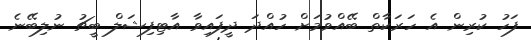
ފަހު ކުރިން އެ ހަރަކާތް ބޭއްވުމަށް ހުއްދަ ދީފައިވާ އާޓިފިޝަލް ބީޗު ނުލިބޭނެ